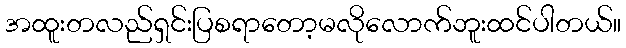
အထူးတလည်ရှင်းပြစရာတော့မလိုလောက်ဘူးထင်ပါတယ်။